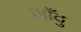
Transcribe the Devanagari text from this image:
जाँदु